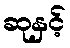
ဆုနှင့်